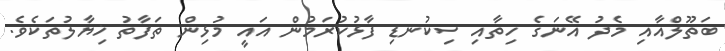
ބަތޫލްއާއި މެދު އޭނަގެ ހިތާއި ސިކުނޑި ފާޅުކުރަމުން އައީ މުޅިން ތަފާތު ޚިޔާލުތަކެވެ.